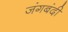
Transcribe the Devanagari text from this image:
जंगबंदी